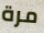
مرة